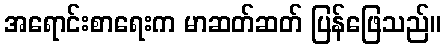
အရောင်းစာရေးက မာဆတ်ဆတ် ပြန်ဖြေသည်။